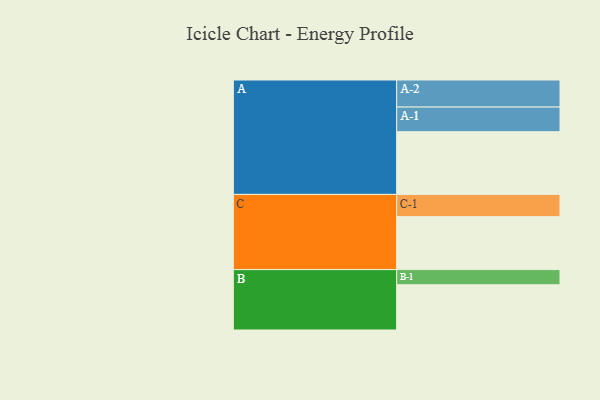
{"axis": {"x": "Segment", "y": "Value"}, "legend": ["", "A", "B", "C"], "data": [{"x": "A", "y": 542, "type": ""}, {"x": "B", "y": 391, "type": ""}, {"x": "C", "y": 458, "type": ""}, {"x": "A-1", "y": 213, "type": "A"}, {"x": "A-2", "y": 234, "type": "A"}, {"x": "B-1", "y": 131, "type": "B"}, {"x": "C-1", "y": 192, "type": "C"}]}